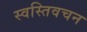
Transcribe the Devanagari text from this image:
स्वस्तिवचन